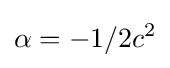
\alpha =-1/2c^{2}